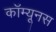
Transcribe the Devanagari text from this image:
कॉम्यूनस